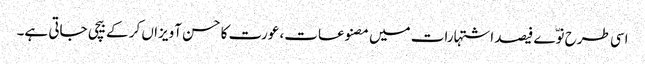
اسی طرح نوّے فیصد اشتہارات میں مصنوعات، عورت کا حسن آویزاں کر کے بیچی جاتی ہے۔